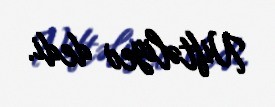
Niftəliyev dedi.